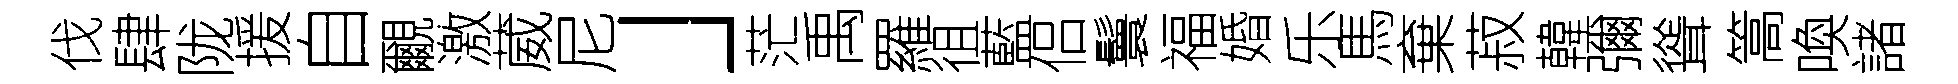
伐肆陇援自覼激葳尼」茫禹羅徂藍侣鬟福婚乐馬棄菽韓彌聳篙喚諸